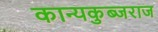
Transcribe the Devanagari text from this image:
कान्यकुब्जराज